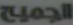
الجميح